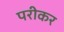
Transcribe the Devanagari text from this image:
परीकर